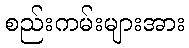
စည်းကမ်းများအား